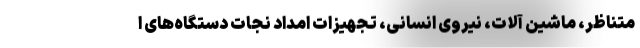
متناظر، ماشین آلات، نیروی انسانی، تجهیزات امداد نجات دستگاه‌های ا